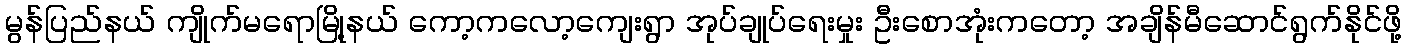
မွန်ပြည်နယ် ကျိုက်မရောမြို့နယ် ကော့ကလော့ကျေးရွာ အုပ်ချုပ်ရေးမှုး ဦးစောအုံးကတော့ အချိန်မီဆောင်ရွက်နိုင်ဖို့